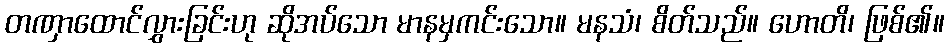
တဏှာထောင်လွှားခြင်းဟု ဆိုအပ်သော မာနမှကင်းသော။ မနသံ၊ စိတ်သည်။ ဟောတိ၊ ဖြစ်၏။